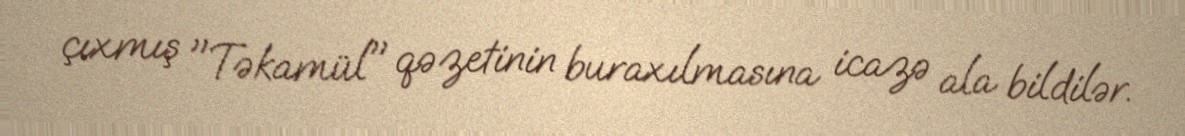
çıxmış "Təkamül" qəzetinin buraxılmasına icazə ala bildilər.